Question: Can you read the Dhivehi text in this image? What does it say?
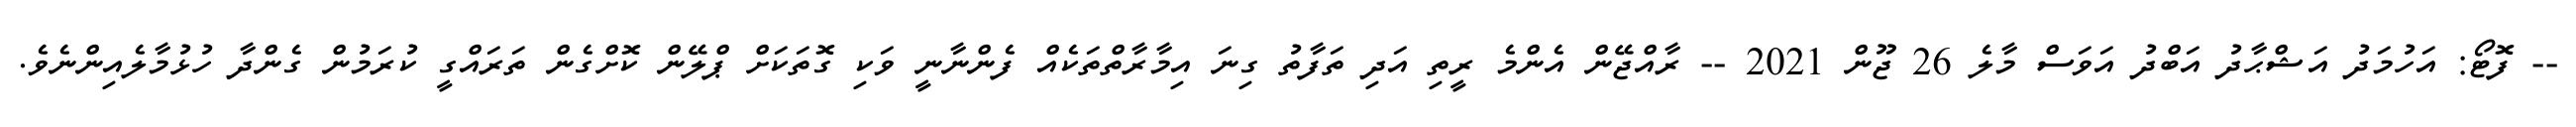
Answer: -- ފޮޓޯ: އަހުމަދު އަޝްޙާދު އަބްދު އަވަސް މާލެ 26 ޖޫން 2021 -- ރާއްޖޭން އެންމެ ރީތި އަދި ތަފާތު ގިނަ އިމާރާތްތަކެއް ފެންނާނީ ވަކި ގޮތަކަށް ޕްލޭން ކޮށްގެން ތަރައްގީ ކުރަމުން ގެންދާ ހުޅުމާލެއިންނެވެ.